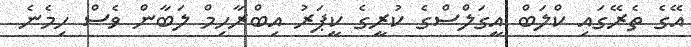
އޭގެ ތެރޭގައި ކްލަބް އީގަލްސްގެ ކުރީގެ ކީޕަރު އިބްރާހިމް ލަބާން ވެސް ހިމެނެ